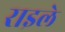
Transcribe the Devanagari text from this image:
राइले